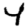
Digit: 4